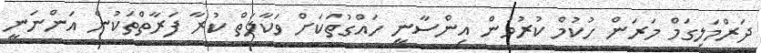
ދަރްމަލިގަމް މަރަން ހުކުމް ކުރުމުން އިންސާނީ ހައްގުތަކަށް ވަކާލަތް ކުރާ ފަރާތްތަކުން އަންނަނީ